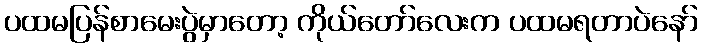
ပထမပြန်စာမေးပွဲမှာတော့ ကိုယ်တော်လေးက ပထမရတာပဲနော်